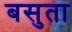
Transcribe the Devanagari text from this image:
बसुता